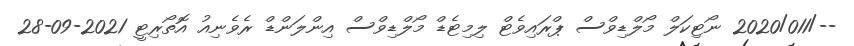
--/2020/011 ނޯޓިކަލް މޯލްޑިވްސް ޕްރައިވެޓް ލިމިޓެޑް މޯލްޑިވްސް އިންލަންޑް ރެވެނިއު އޮތޯރިޓީ 2021-09-28